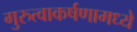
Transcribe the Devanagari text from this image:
गुरुत्वाकर्षणामध्ये